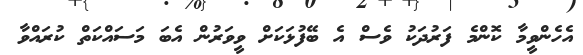
އެހެންވީމާ ކޮންމެ ފަރުދަކު ވެސް އެ ބޭފުޅަކަށް ވީވަރުން އެބަ މަސައްކަތް ކުރައްވާ